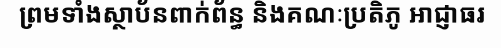
ព្រមទាំងស្ថាប័នពាក់ព័ន្ធ និងគណៈប្រតិភូ អាជ្ញាធរ